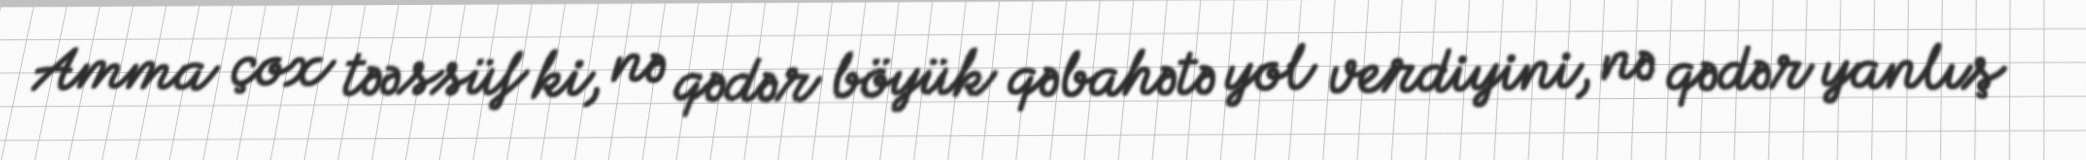
Amma çox təəssüf ki, nə qədər böyük qəbahətə yol verdiyini, nə qədər yanlış